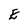
Character: E